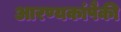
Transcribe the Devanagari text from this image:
आरण्यकांपैकी